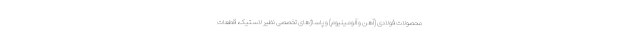
محصولات فولادی (آهن و آلومینیوم) و پاساژهای تخصصی نظیر لاستیک، قطعات